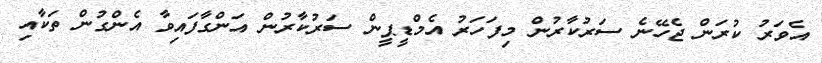
އެވަރު ކުރަން ޖެހޭނެ ސަރުކާރުން މިފަހަރު އެމްޑީޕީން ސަރުކާރުން އަންގާފައިވާ އެންގުން ތަކާއި